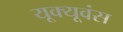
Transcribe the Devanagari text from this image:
यूक्यूवंस